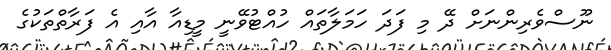
ނޫސްވެރިންނަށް ދޭ މި ފަދަ ހަމަލާތައް ހުއްޓުވޭނީ މީޑިއާ އާއި އެ ފަރާތްތަކުގެ